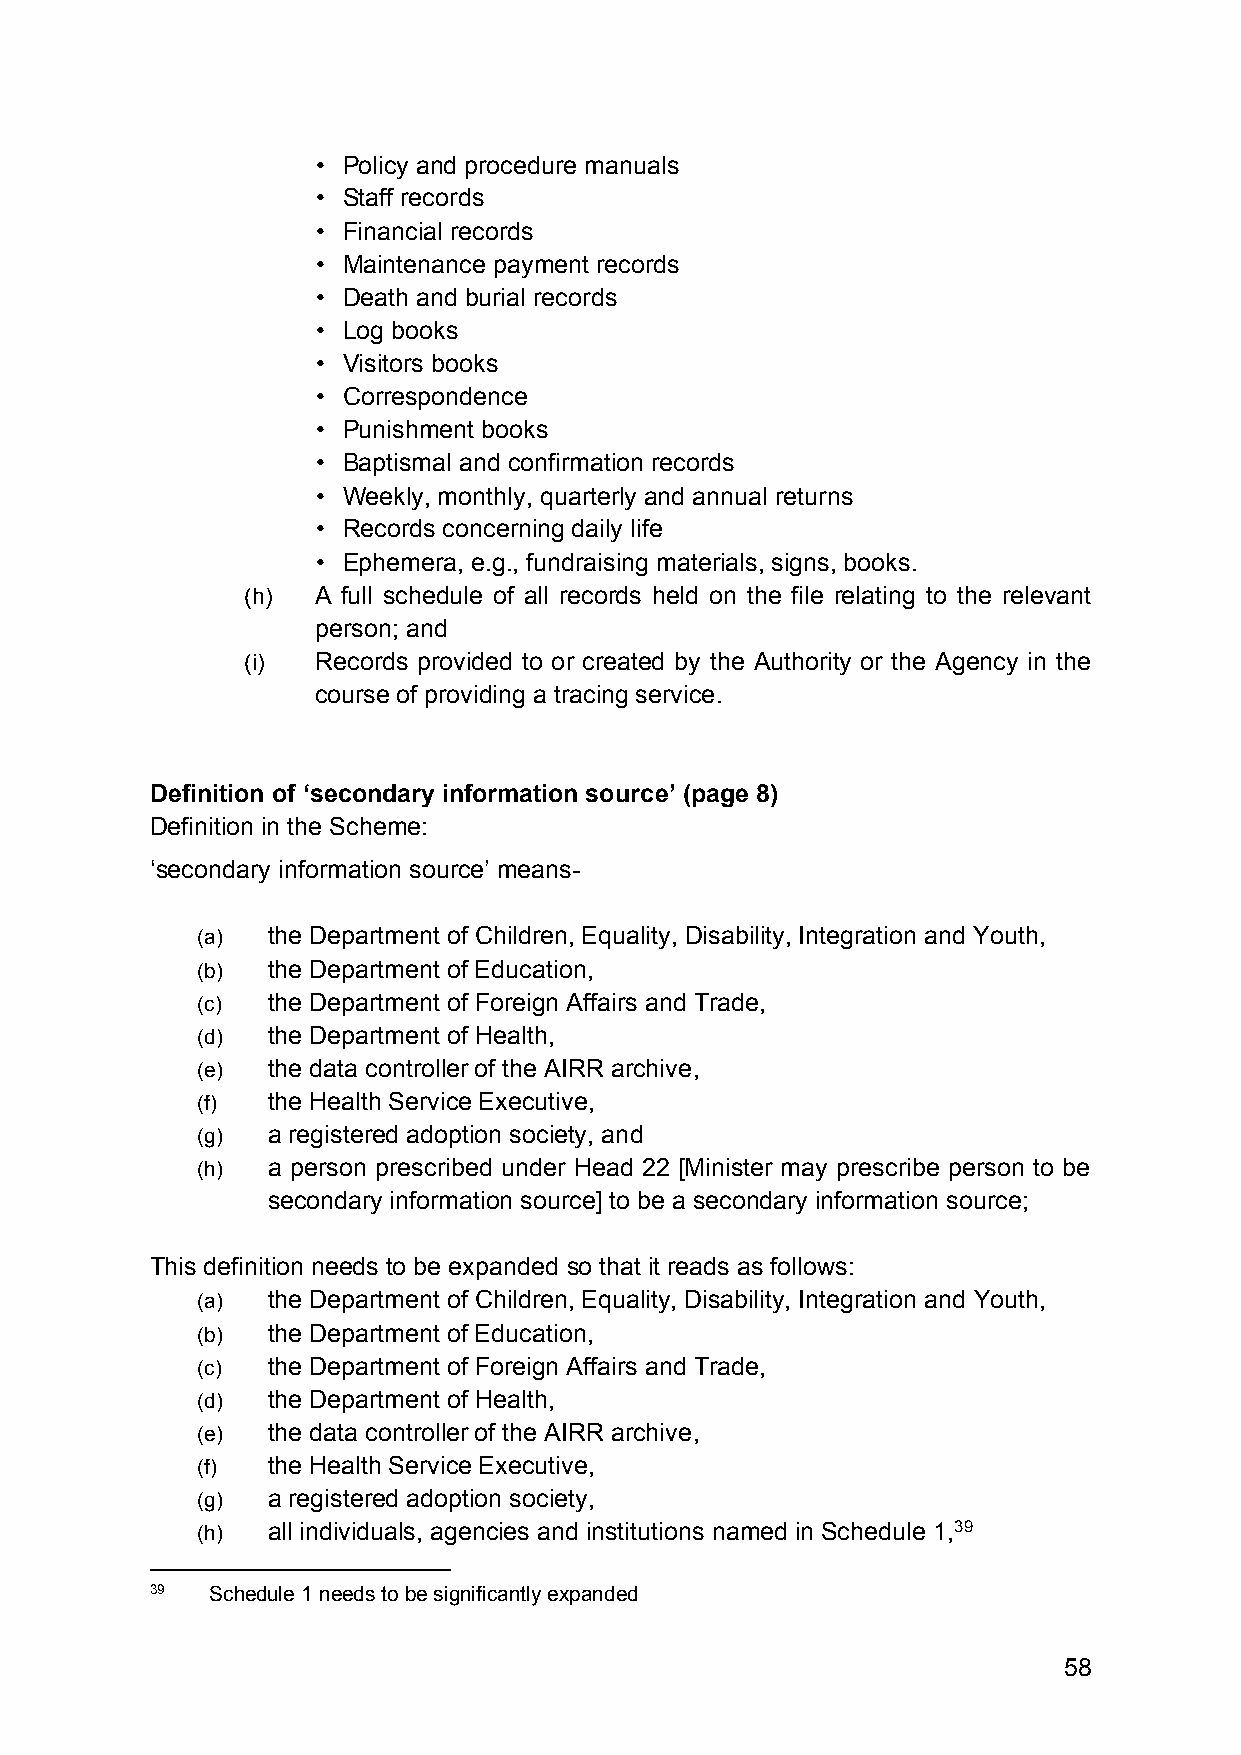
• Policy and procedure manuals
 • Staff records
 • Financial records
 • Maintenance payment records
 • Death and burial records
 • Log books
 • Visitors books
 • Correspondence
 • Punishment books
 • Baptismal and confirmation records
 • Weekly, monthly, quarterly and annual returns
 • Records concerning daily life
 • Ephemera, e.g., fundraising materials, signs, books.
 (h)  A full schedule of all records held on the file relating to the relevant
 person; and
 (i)  Records provided to or created by the Authority or the Agency in the
 course of providing a tracing service.
 Definition of ‘secondary information source’ (page 8)
 Definition in the Scheme:
 ‘secondary information source’ means-
 (a)  the Department of Children, Equality, Disability, Integration and Youth,
 (b)  the Department of Education,
 (c)  the Department of Foreign Affairs and Trade,
 (d)  the Department of Health,
 (e)  the data controller of the AIRR archive,
 (f)  the Health Service Executive,
 (g)  a registered adoption society, and
 (h)  a person prescribed under Head 22 [Minister may prescribe person to be
 secondary information source] to be a secondary information source;
 This definition needs to be expanded so that it reads as follows:
 (a)  the Department of Children, Equality, Disability, Integration and Youth,
 (b)  the Department of Education,
 (c)  the Department of Foreign Affairs and Trade,
 (d)  the Department of Health,
 (e)  the data controller of the AIRR archive,
 (f)  the Health Service Executive,
 (g)  a registered adoption society,
 (h)  all individuals, agencies and institutions named in Schedule 1,39
 39  Schedule 1 needs to be significantly expanded
 58